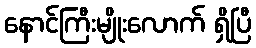
နောင်ကြီးမျိုးလောက် ရှိပြီ